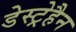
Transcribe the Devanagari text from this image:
डेस्ट्रेहैन